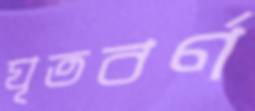
ঘৃতবর্ণ